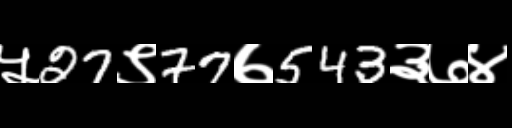
Text: ५27९77७543३७४